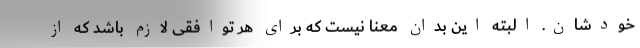
خودشان. البته این بدان معنا نیست که برای هر توافقی لازم باشد که از